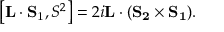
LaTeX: \left[ { \bf L } \cdot { \bf S _ { \mathrm { 1 } } } , S ^ { 2 } \right] = 2 i { \bf L } \cdot ( { \bf S _ { 2 } } \times { \bf S _ { 1 } } ) .